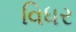
વિધર